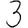
Digit: 3